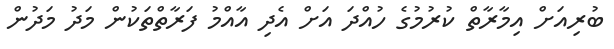
ބުރިއަށް އިމާރާތް ކުރުމުގެ ހުއްދަ އަށް އެދި އާއްމު ފަރާތްތަކުން މަދު މަދުން